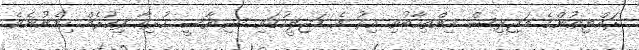
ރައްޔިތުންގެ މަޖިލިސް އިންތިހާބުވި އިރު އެ މަޖިލީހުގައި ސިޔާސީ ހުރިހާ ފިކުރެއް ހިމެނުނެވެ.